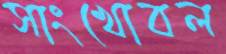
সাংখোবল